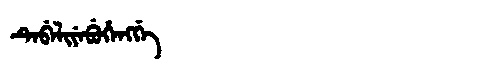
Manchu: ᡨᡝᠪᡝᠯᡳᠶᡝᠪᡠᡥᡝᠩᡤᡝ
Romanization: TEBELIYEBUHENGGE